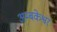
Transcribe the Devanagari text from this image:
अम्बकेश्वर